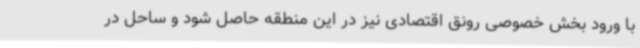
با ورود بخش خصوصی رونق اقتصادی نیز در این منطقه حاصل شود و ساحل در